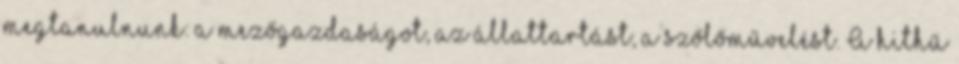
megtanulnunk: a mezőgazdaságot, az állattartást, a szőlőművelést. A hithű